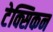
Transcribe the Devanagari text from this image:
टेक्सिकन